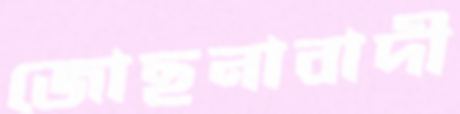
জোছনাবাদী